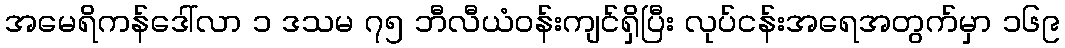
အမေရိကန်ဒေါ်လာ ၁ ဒသမ ၇၅ ဘီလီယံဝန်းကျင်ရှိပြီး လုပ်ငန်းအရေအတွက်မှာ ၁၆၉